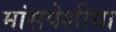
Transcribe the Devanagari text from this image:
मांसपेशीया